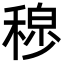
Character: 𫀾